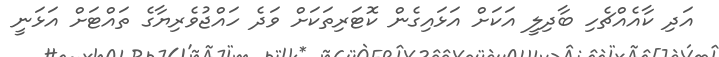
އަދި ކާއެއްޗެހި ބާދިލީ އަކަށް އަޅައިގެން ކޮޓަރިތަކަށް ވަދެ ހައްޖުވެރިޔާގެ ތައްޓަށް އަޅަނީ